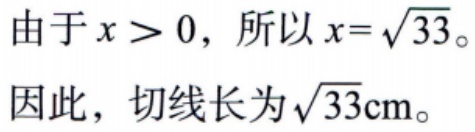
由于 \(x > 0\)，所以 \(x = \sqrt{33}\)。
因此，切线长为 \(\sqrt{33}\text{cm}\)。